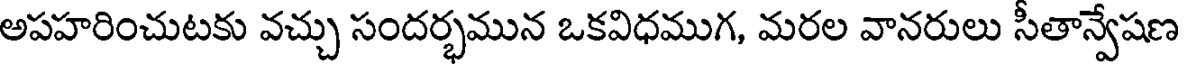
అపహరించుటకు వచ్చు సందర్భమున ఒకవిధముగ, మరల వానరులు సీతాన్వేషణ